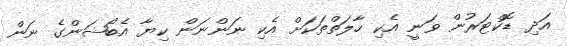
އަދި ޑޮކްޓަރުން ވަނީ އެކި ހާލަތްތަކަށް އެކި ނަންނަން ކިޔާ އެބޯޝަންގެ ނަން